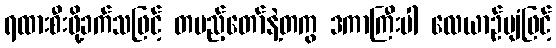
ရထားစီးဖို့ခက်သဖြင့် တပည့်တော်နဲ့တကွ ဒကာကြီးပါ လေယာဉ်ပျံဖြင့်